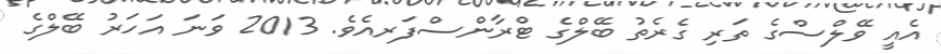
އެއީ ވޭލްސްގެ ތަރި ގެރެތު ބޭލްގެ ޓްރާންސްފަރއެވެ. 2013 ވަނަ އަހަރު ބޭލްގެ